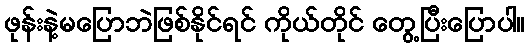
ဖုန်းနဲ့မပြောဘဲဖြစ်နိုင်ရင် ကိုယ်တိုင် တွေ့ပြီးပြောပါ။